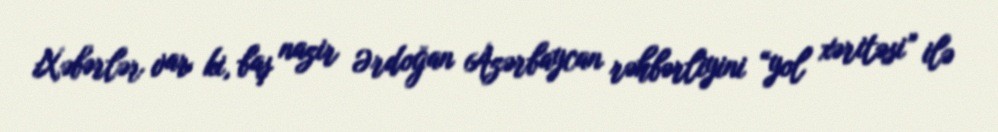
Xəbərlər var ki, baş nazir Ərdoğan Azərbaycan rəhbərliyini “yol xəritəsi” ilə